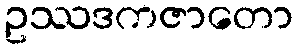
ဥဿဒကဇာတော